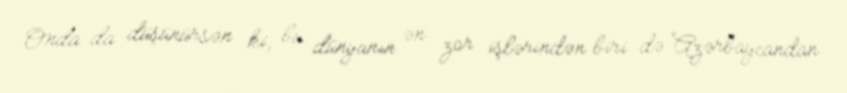
Onda da düşünürsən ki, bu dünyanın ən zor işlərindən biri də Azərbaycandan